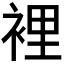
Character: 裡